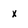
Character: x